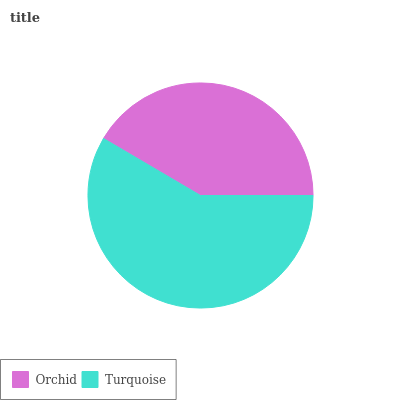
| Orchid | Turquoise |
 | --- | --- |
 | 41.6% | 58.4% |